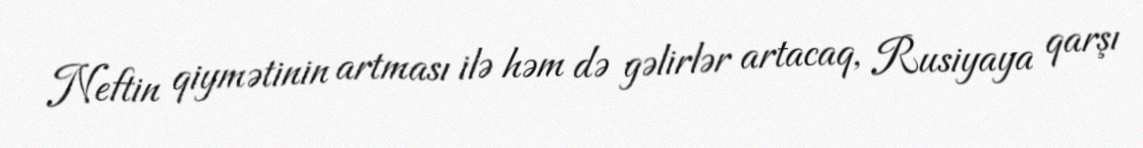
Neftin qiymətinin artması ilə həm də gəlirlər artacaq, Rusiyaya qarşı